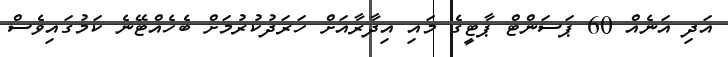
އަދި އަނެއް 60 ޕަސަންޓް ޕާޓީގެ މައި އިދާރާއަށް ހަރަދުކުރުމަށް ބެހެއްޓޭނެ ކަމުގައިވެސް